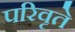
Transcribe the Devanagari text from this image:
परिवृते